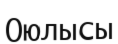
Оюлысы